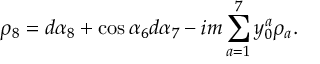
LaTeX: \rho _ { 8 } = d \alpha _ { 8 } + \cos { \alpha _ { 6 } } d \alpha _ { 7 } - i m \sum _ { a = 1 } ^ { 7 } y _ { 0 } ^ { a } \rho _ { a } .